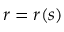
r = r ( s )